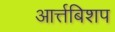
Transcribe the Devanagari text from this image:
आर्त्तबिशप